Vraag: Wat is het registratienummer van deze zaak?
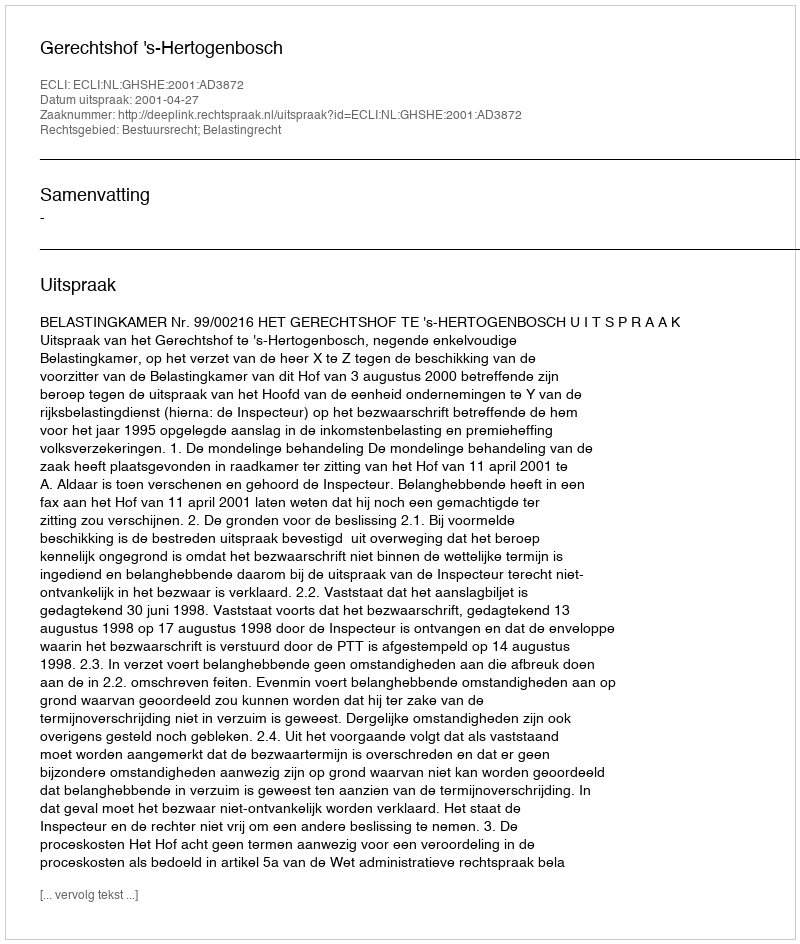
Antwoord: http://deeplink.rechtspraak.nl/uitspraak?id=ECLI:NL:GHSHE:2001:AD3872